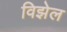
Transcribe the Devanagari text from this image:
विझेल